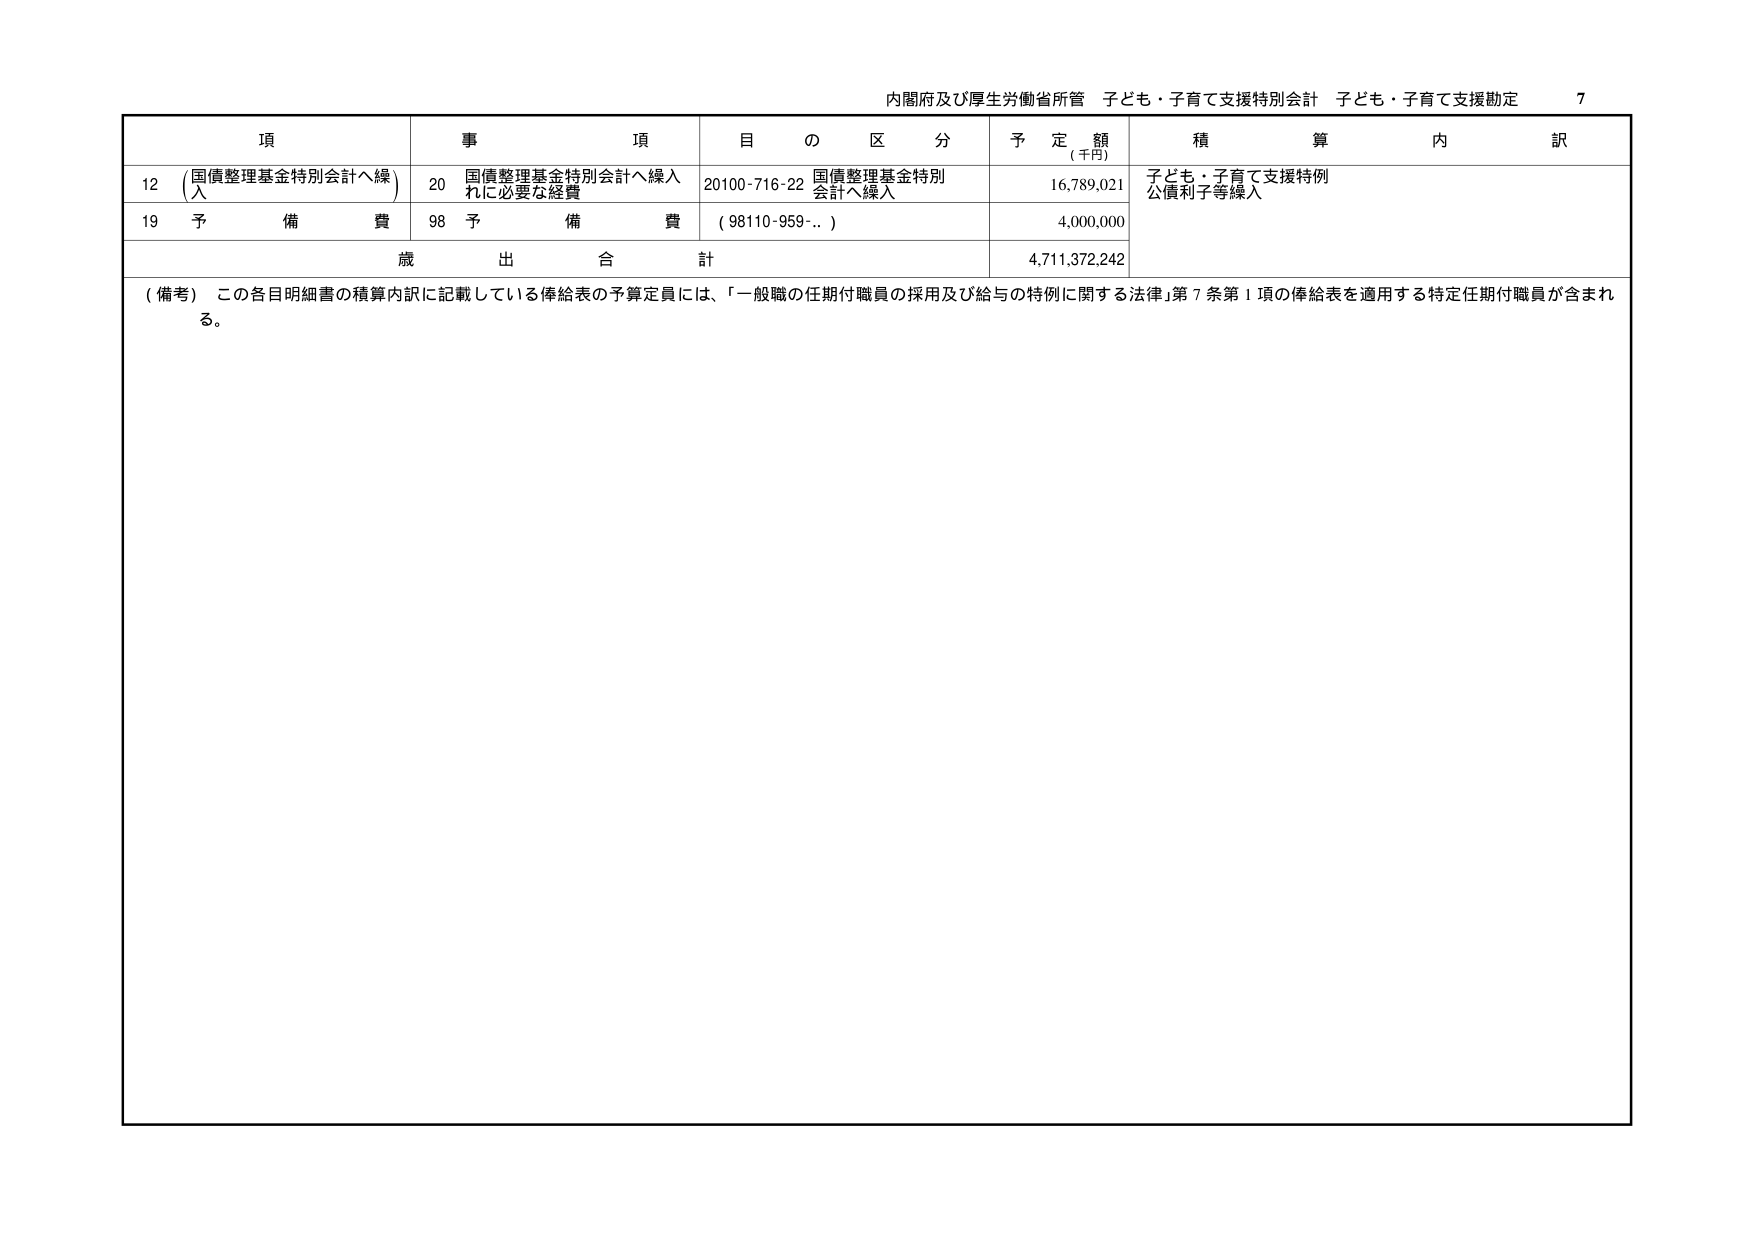
内閣府及び厚生労働省所管 子ども・子育て支援特別会計 子ども・子育て支援勘定 7

項 事 項 目 の 区 分 予 定 額 (千円) 積 算 内 訳
12 (国債整理基金特別会計へ繰入) 20 国債整理基金特別会計へ繰入れに必要な経費 20100-716-22 国債整理基金特別会計へ繰入 16,789,021 子ども・子育て支援特例公債利子等繰入
19 予 備 費 98 予 備 費 (98110-959-..) 4,000,000
歳 出 合 計 4,711,372,242

(備考) この各目明細書の積算内訳に記載している俸給表の予算定員には、「一般職の任期付職員の採用及び給与の特例に関する法律」第7条第1項の俸給表を適用する特定任期付職員が含まれる。